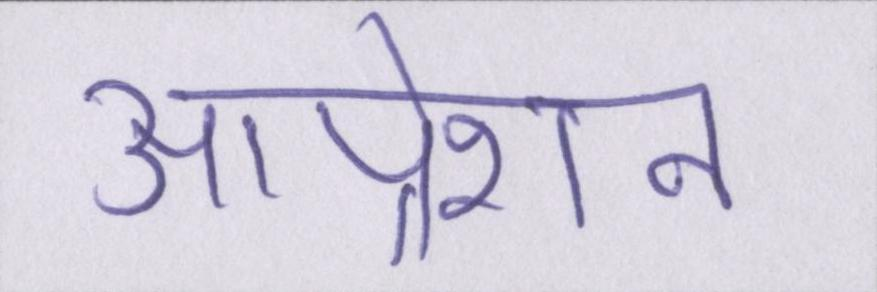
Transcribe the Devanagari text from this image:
आप्रेशन